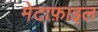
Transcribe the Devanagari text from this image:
मेटाफ़ाइल